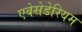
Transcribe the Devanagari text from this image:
एबेसेडेरियम